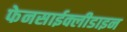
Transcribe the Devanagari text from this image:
फेनसाईक्लीडाइन